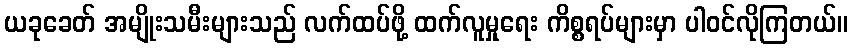
ယခုခေတ် အမျိုးသမီးများသည် လက်ထပ်ဖို့ ထက်လူမှုရေး ကိစ္စရပ်များမှာ ပါဝင်လိုကြတယ်။